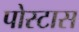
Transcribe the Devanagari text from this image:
पोस्टास